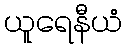
ယူရေနီယံ